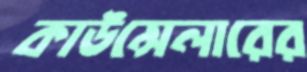
কাউন্সেলারের